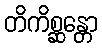
တိကိစ္ဆန္တော